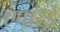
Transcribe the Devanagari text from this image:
एवारर्ड